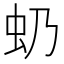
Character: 𧈣